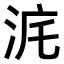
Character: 𣳥